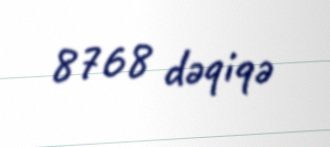
8768 dəqiqə